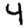
Digit: 4